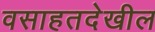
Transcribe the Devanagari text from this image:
वसाहतदेखील